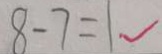
8 - 7 = 1